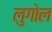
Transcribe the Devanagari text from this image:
लुगोल